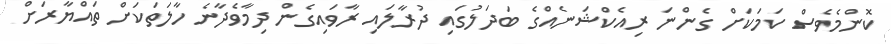
ކޮންމެވެސް ކަމަކަށް ގެންނަ ރިއެކްޝަނެއްގެ ބަދަލުގައި ދުރާލައި ރާވައިގެން ދިމާވެދާނެ ހާލަތަކަށް ތައްޔާރަށް